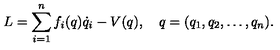
L = \sum _ { i = 1 } ^ { n } f _ { i } ( q ) \dot { q } _ { i } - V ( q ) , \quad q = ( q _ { 1 } , q _ { 2 } , \ldots , q _ { n } ) { . }